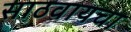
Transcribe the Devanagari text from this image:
साठवायचा